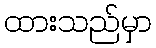
ထားသည်မှာ